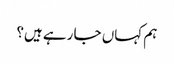
ہم کہاں جا رہے ہیں؟